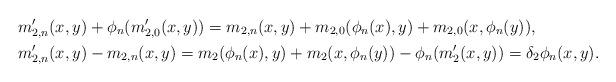
LaTeX: \begin{align*} &m\rq_{2,n}(x,y)+\phi_n(m\rq_{2,0}(x,y))=m_{2,n}(x,y)+m_{2,0}(\phi_n(x),y)+m_{2,0}(x,\phi_n(y)),\\ &m\rq_{2,n}(x,y)-m_{2,n}(x,y)=m_{2}(\phi_n(x),y)+m_2(x,\phi_n(y))-\phi_n(m\rq_2(x,y))=\delta_2 \phi_n(x,y). \end{align*}